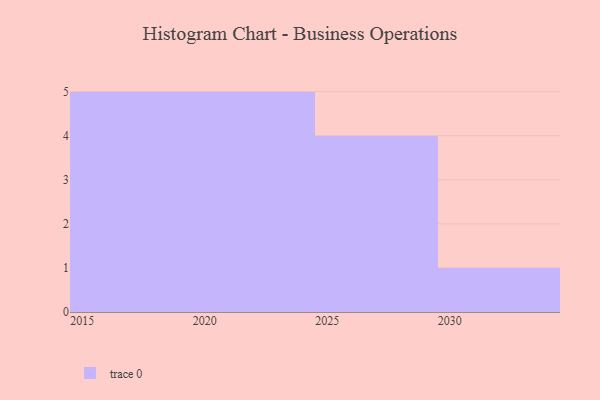
{"axis": {"x": "Year", "y": "Headcount"}, "legend": [""], "data": [{"x": "2027", "y": 30, "type": ""}, {"x": "2028", "y": 30, "type": ""}, {"x": "2025", "y": 57, "type": ""}, {"x": "2018", "y": 25, "type": ""}, {"x": "2020", "y": 80, "type": ""}, {"x": "2016", "y": 82, "type": ""}, {"x": "2030", "y": 54, "type": ""}, {"x": "2026", "y": 33, "type": ""}, {"x": "2015", "y": 31, "type": ""}, {"x": "2019", "y": 33, "type": ""}, {"x": "2024", "y": 48, "type": ""}, {"x": "2021", "y": 18, "type": ""}, {"x": "2023", "y": 81, "type": ""}, {"x": "2022", "y": 1, "type": ""}, {"x": "2017", "y": 79, "type": ""}]}